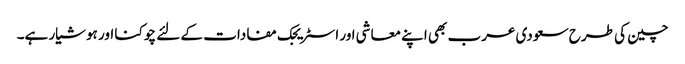
چین کی طرح سعودی عرب بھی اپنے معاشی اور اسٹریجک مفادات کے لئے چوکنا اور ہوشیار ہے۔